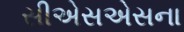
સીએસએસના